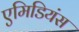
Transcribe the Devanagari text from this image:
एमिडियंस